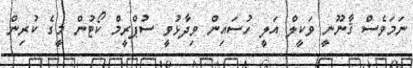
ނަމަވެސް ޤާނޫނީ ވަކީލް އަލީ ހުސައިން ވިދާޅުވީ ސުޕްރީމް ކޯޓުން މީގެ ކުރިން